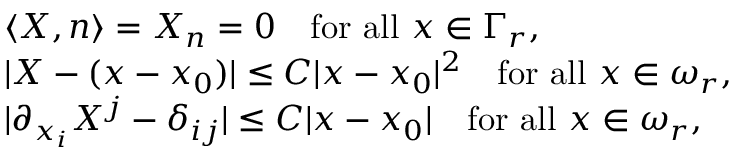
\begin{array} { r l } & { \langle X , n \rangle = X _ { n } = 0 \quad \mathrm { f o r ~ a l l } \ x \in \Gamma _ { r } , } \\ & { | X - ( x - x _ { 0 } ) | \leq C | x - x _ { 0 } | ^ { 2 } \quad \mathrm { f o r ~ a l l } \ x \in \omega _ { r } , } \\ & { | \partial _ { x _ { i } } X ^ { j } - \delta _ { i j } | \leq C | x - x _ { 0 } | \quad \mathrm { f o r ~ a l l } \ x \in \omega _ { r } , } \end{array}